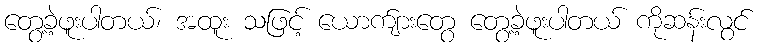
တွေ့ခဲ့ဖူးပါတယ်၊ အထူး သဖြင့် ယောက်ျားတွေ တွေ့ခဲ့ဖူးပါတယ် ကိုဆန်းလွင်